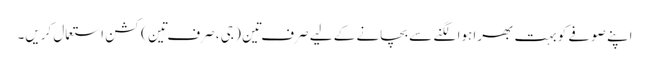
اپنے صوفے کو بہت بھرا ہوا لگنے سے بچانے کے لیے صرف تِین ( جی ، صرف تِین ) کشن استعمال کریں۔